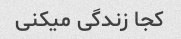
کجا زندگی میکنی